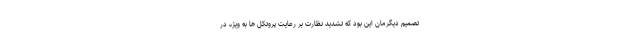
تصمیم دیگرمان این بود که تشدید نظارت بر رعایت پروتکل ها به ویژه در